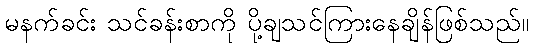
မနက်ခင်း သင်ခန်းစာကို ပို့ချသင်ကြားနေချိန်ဖြစ်သည်။